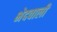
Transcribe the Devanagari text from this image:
भेदवाली